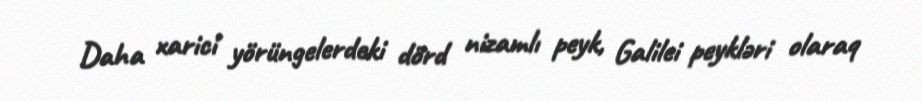
Daha xarici yörüngelerdeki dörd nizamlı peyk, Galilei peykləri olaraq